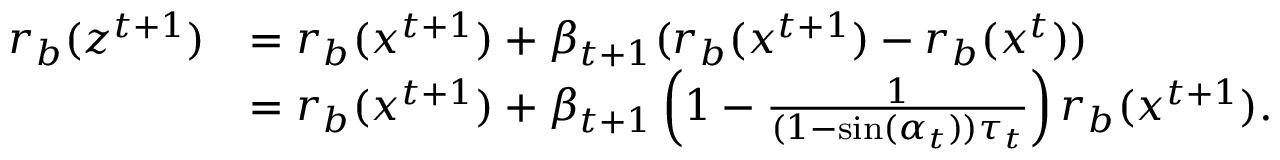
\begin{array} { r l } { r _ { b } ( z ^ { t + 1 } ) } & { = r _ { b } ( x ^ { t + 1 } ) + \beta _ { t + 1 } ( r _ { b } ( x ^ { t + 1 } ) - r _ { b } ( x ^ { t } ) ) } \\ & { = r _ { b } ( x ^ { t + 1 } ) + \beta _ { t + 1 } \left( 1 - \frac { 1 } { ( 1 - \sin ( \alpha _ { t } ) ) \tau _ { t } } \right) r _ { b } ( x ^ { t + 1 } ) . } \end{array}